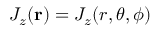
J _ { z } ( \mathbf { r } ) = J _ { z } ( r , \theta , \phi )